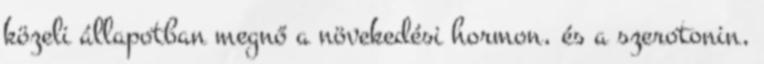
közeli állapotban megnő a növekedési hormon, és a szerotonin,